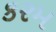
કરમ